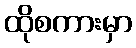
ထိုစကားမှာ